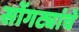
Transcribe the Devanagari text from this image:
सोंगट्यांचे